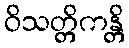
ဝိသတ္တိကန္တိ